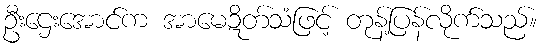
ဦးဌေးအောင်က အာမေဍိတ်သံဖြင့် တုန့်ပြန်လိုက်သည်။